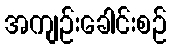
အကျဉ်းခေါင်းစဉ်